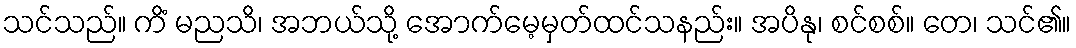
သင်သည်။ ကိံ မညသိ၊ အဘယ်သို့ အောက်မေ့မှတ်ထင်သနည်း။ အပိနု၊ စင်စစ်။ တေ၊ သင်၏။